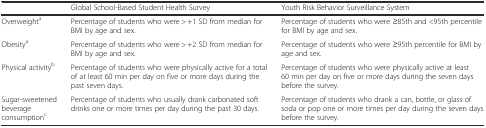
<table><thead><tr><td></td><td><b>Global School-Based Student Health Survey</b></td><td><b>Youth Risk Behavior Surveillance System</b></td></tr></thead><tbody><tr><td>Overweight<sup>a</sup></td><td>Percentage of students who were &gt; +1 SD from median for BMI by age and sex.</td><td>Percentage of students who were ≥85th and &lt;95th percentile for BMI by age and sex.</td></tr><tr><td>Obesity<sup>a</sup></td><td>Percentage of students who were &gt; +2 SD from median for BMI by age and sex.</td><td>Percentage of students who were ≥95th percentile for BMI by age and sex.</td></tr><tr><td>Physical activity<sup>b</sup></td><td>Percentage of students who were physically active for a total of at least 60 min per day on five or more days during the past seven days.</td><td>Percentage of students who were physically active at least 60 min per day on five or more days during the seven days before the survey.</td></tr><tr><td>Sugar-sweetened beverage consumption<sup>c</sup></td><td>Percentage of students who usually drank carbonated soft drinks one or more times per day during the past 30 days.</td><td>Percentage of students who drank a can, bottle, or glass of soda or pop one or more times per day during the seven days before the survey.</td></tr></tbody></table>